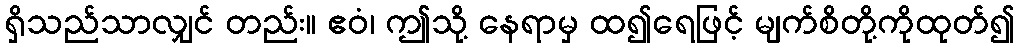
ရှိသည်သာလျှင် တည်း။ ဧဝံ၊ ဤသို့ နေရာမှ ထ၍ရေဖြင့် မျက်စိတို့ကိုထုတ်၍